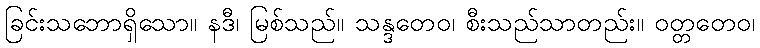
ခြင်းသဘောရှိသော။ နဒီ၊ မြစ်သည်။ သန္ဒတေဝ၊ စီးသည်သာတည်း။ ဝတ္တတေဝ၊